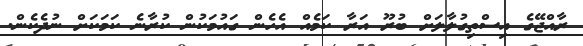
ރާއްޖޭގެ އިސްތިގުލާލަށް ބުރޫ އަރާ ކަމެއް އެހެން ގައުމަކުން ކުރާނެ ކަމަކަށް ނުދެކެން.